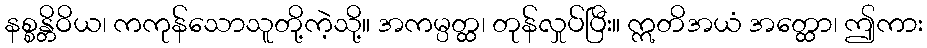
နစ္စန္တိဝိယ၊ ကကုန်သောသူတို့ကဲ့သို့။ အကမ္ပတ္ထ၊ တုန်လှုပ်ပြီး။ ဣတိအယံ အတ္ထော၊ ဤကား